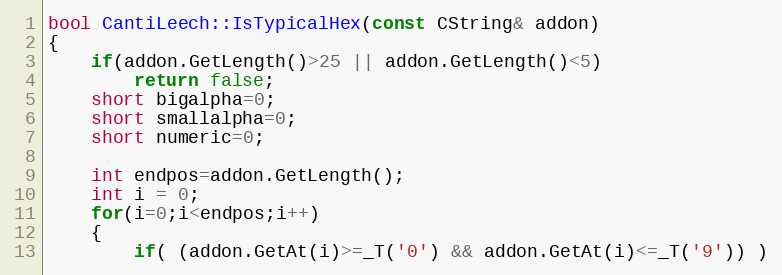
Language: C++
bool CantiLeech::IsTypicalHex(const CString& addon)
{
	if(addon.GetLength()>25 || addon.GetLength()<5)
		return false;
	short bigalpha=0;
	short smallalpha=0;
	short numeric=0;

	int endpos=addon.GetLength();
	int i = 0;
	for(i=0;i<endpos;i++)
	{
		if( (addon.GetAt(i)>=_T('0') && addon.GetAt(i)<=_T('9')) )